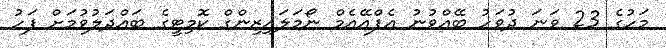
މަހުގެ 23 ވަނަ ދުވަހު ބޭއްވުނު އެފްއޭއެމް ނޯމަލައިޒިންގް ކޮމިޓީގެ ބައްދަލުވުމަށް ފަހު